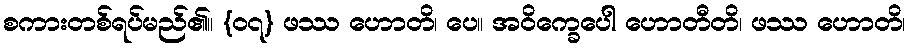
စကားတစ်ရပ်မည်၏။ {၀၇} ဖဿ ဟောတိ၊ ပေ။ အဝိက္ခေပေါ ဟောတီတိ၊ ဖဿ ဟောတိ၊